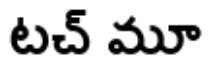
టచ్ మూ